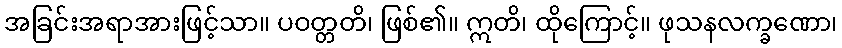
အခြင်းအရာအားဖြင့်သာ။ ပဝတ္တတိ၊ ဖြစ်၏။ ဣတိ၊ ထိုကြောင့်။ ဖုသနလက္ခဏော၊